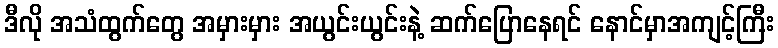
ဒီလို အသံထွက်တွေ အမှားမှား အယွင်းယွင်းနဲ့ ဆက်ပြောနေရင် နောင်မှာအကျင့်ကြီး